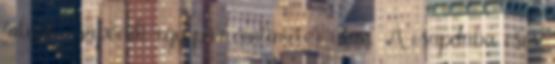
falnak csapódik egy pár centiméter után. A csapdába esés